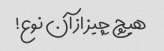
هیچ چیز از آن نوع!